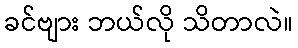
ခင်ဗျား ဘယ်လို သိတာလဲ။